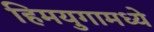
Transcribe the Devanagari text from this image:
हिमयुगामध्ये